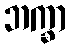
ဘက္ခာ